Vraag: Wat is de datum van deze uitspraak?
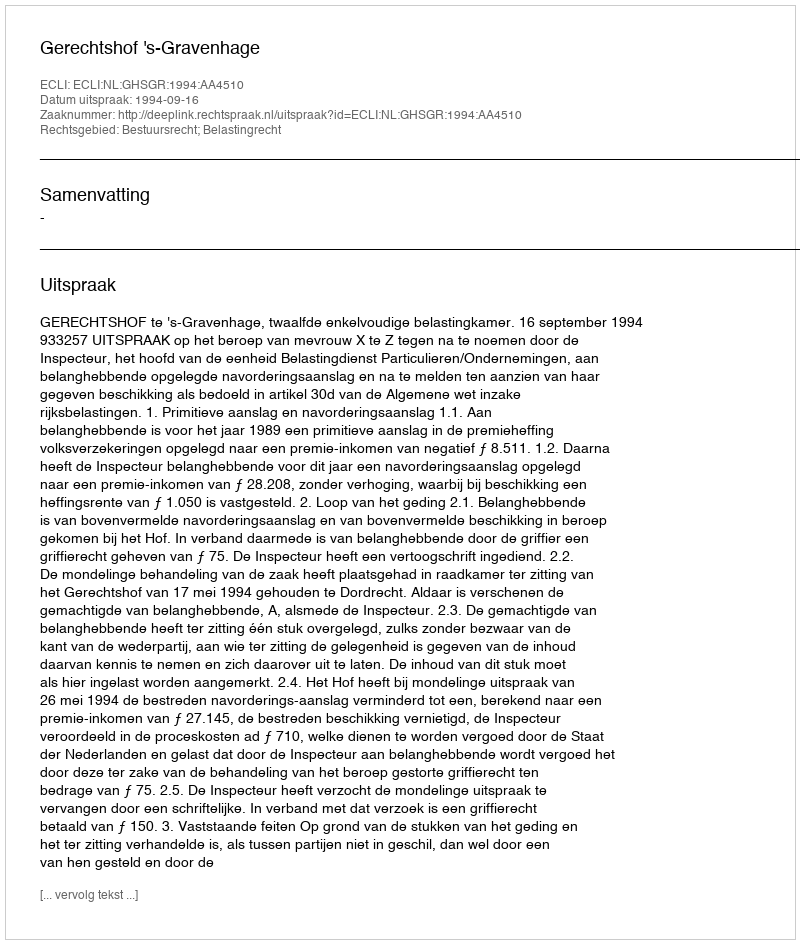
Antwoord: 1994-09-16